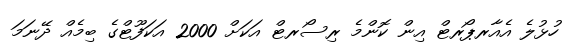
ހުޅުލެ އެއާރޕޯރޓް އިން ކޮންމެ ރިސޯރޓް އަކަށް 2000 އަކަފޫޓްގެ ބިމެއް ދޭނަމަ